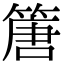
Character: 篖